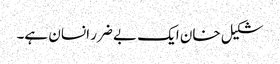
شکیل خان ایک بے ضرر انسان ہے۔